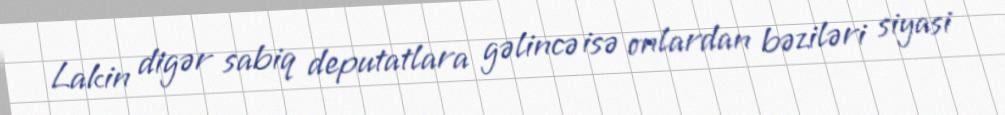
Lakin digər sabiq deputatlara gəlincə isə onlardan bəziləri siyasi